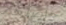
خاصتهم